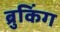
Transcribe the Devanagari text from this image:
ब्रुकिंग